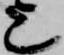
上